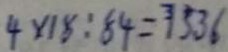
4 \times 1 8 : 8 4 = 7 5 . 3 6